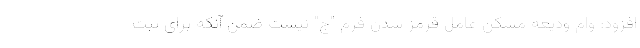
افزود: وام ودیعه مسکن عامل قرمز شدن فرم "ج" نیست ضمن آنکه برای ثبت